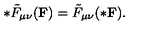
* \tilde { F } _ { \mu \nu } ( { \bf F } ) = \tilde { F } _ { \mu \nu } ( { \bf * F } ) .